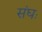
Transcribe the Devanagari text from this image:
संघः